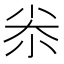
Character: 尜